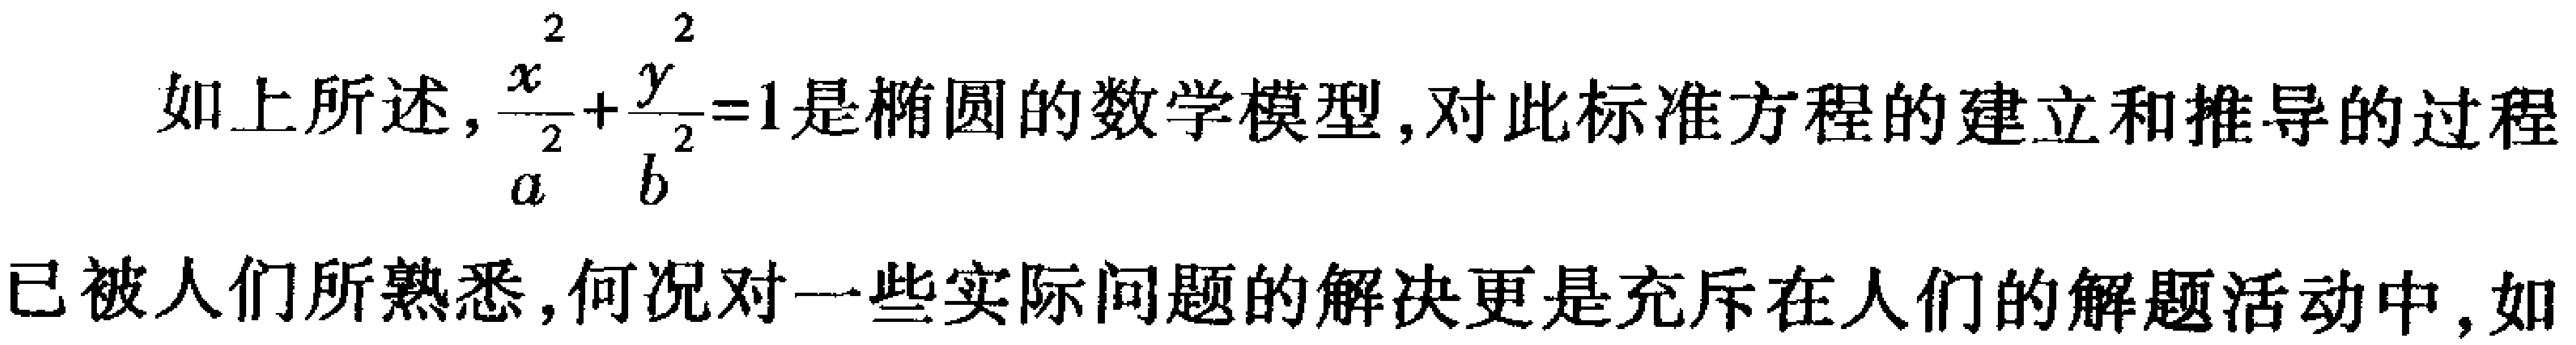
如上所述，$\frac{x^{2}}{a^{2}}+\frac{y^{2}}{b^{2}} = 1$是椭圆的数学模型，对此标准方程的建立和推导的过程已被人们所熟悉，何况对一些实际问题的解决更是充斥在人们的解题活动中，如